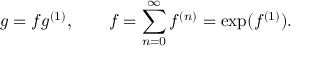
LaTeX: g = f g ^ { ( 1 ) } , \qquad f = \sum _ { n = 0 } ^ { \infty } f ^ { ( n ) } = \exp ( f ^ { ( 1 ) } ) .